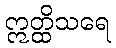
ဣတ္ထိသရေ